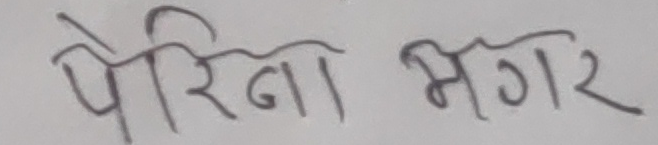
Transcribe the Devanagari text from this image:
पेरिना मगर